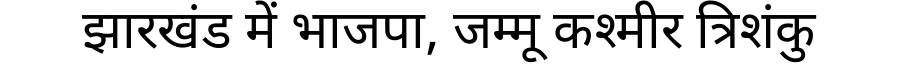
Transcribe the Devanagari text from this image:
झारखंड में भाजपा, जम्मू कश्मीर त्रिशंकु